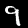
Label: 9